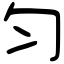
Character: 匀